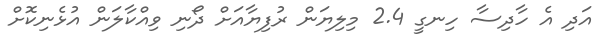
އަދި އެ ހާދިސާ ހިނގީ 2.4 މިލިޔަން ރުފިޔާއަށް ދޯނި ވިއްކާލަން އުޅެނިކޮށް